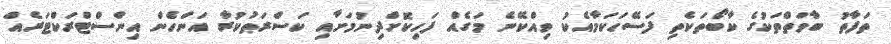
ތަފާތު ބާވަތްތަކުގެ ކާބޯތަކެތި ފަސޭހަކަމާއެކު ވިއްކޭނެ މަގެއް ފަހިކޮށްދިނުމަށާއި ކަސްރަތުކުރާ އަންހެން އިންސްޓްރަކްޓަރެއް